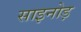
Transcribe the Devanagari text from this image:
साइनोड़